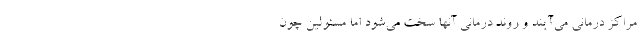
مراکز درمانی می‌آیند و روند درمانی آنها سخت می‌شود اما مسئولین چون